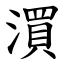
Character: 㵋